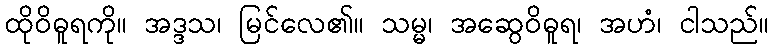
ထိုဝိဓူရကို။ အဒ္ဒသ၊ မြင်လေ၏။ သမ္မ၊ အဆွေဝိဓူရ၊ အဟံ၊ ငါသည်။